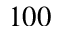
1 0 0